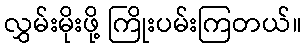
လွှမ်းမိုးဖို့ ကြိုးပမ်းကြတယ်။